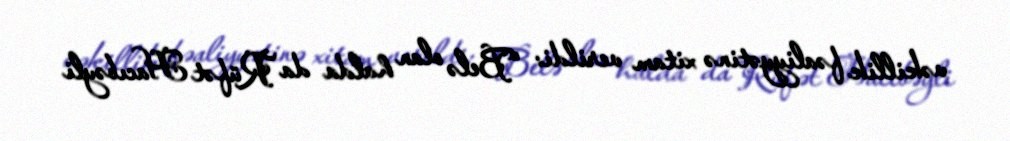
vəkillik fəaliyyətinə xitam verildi: “Belə olan halda da Rüfət Hacıbəyli